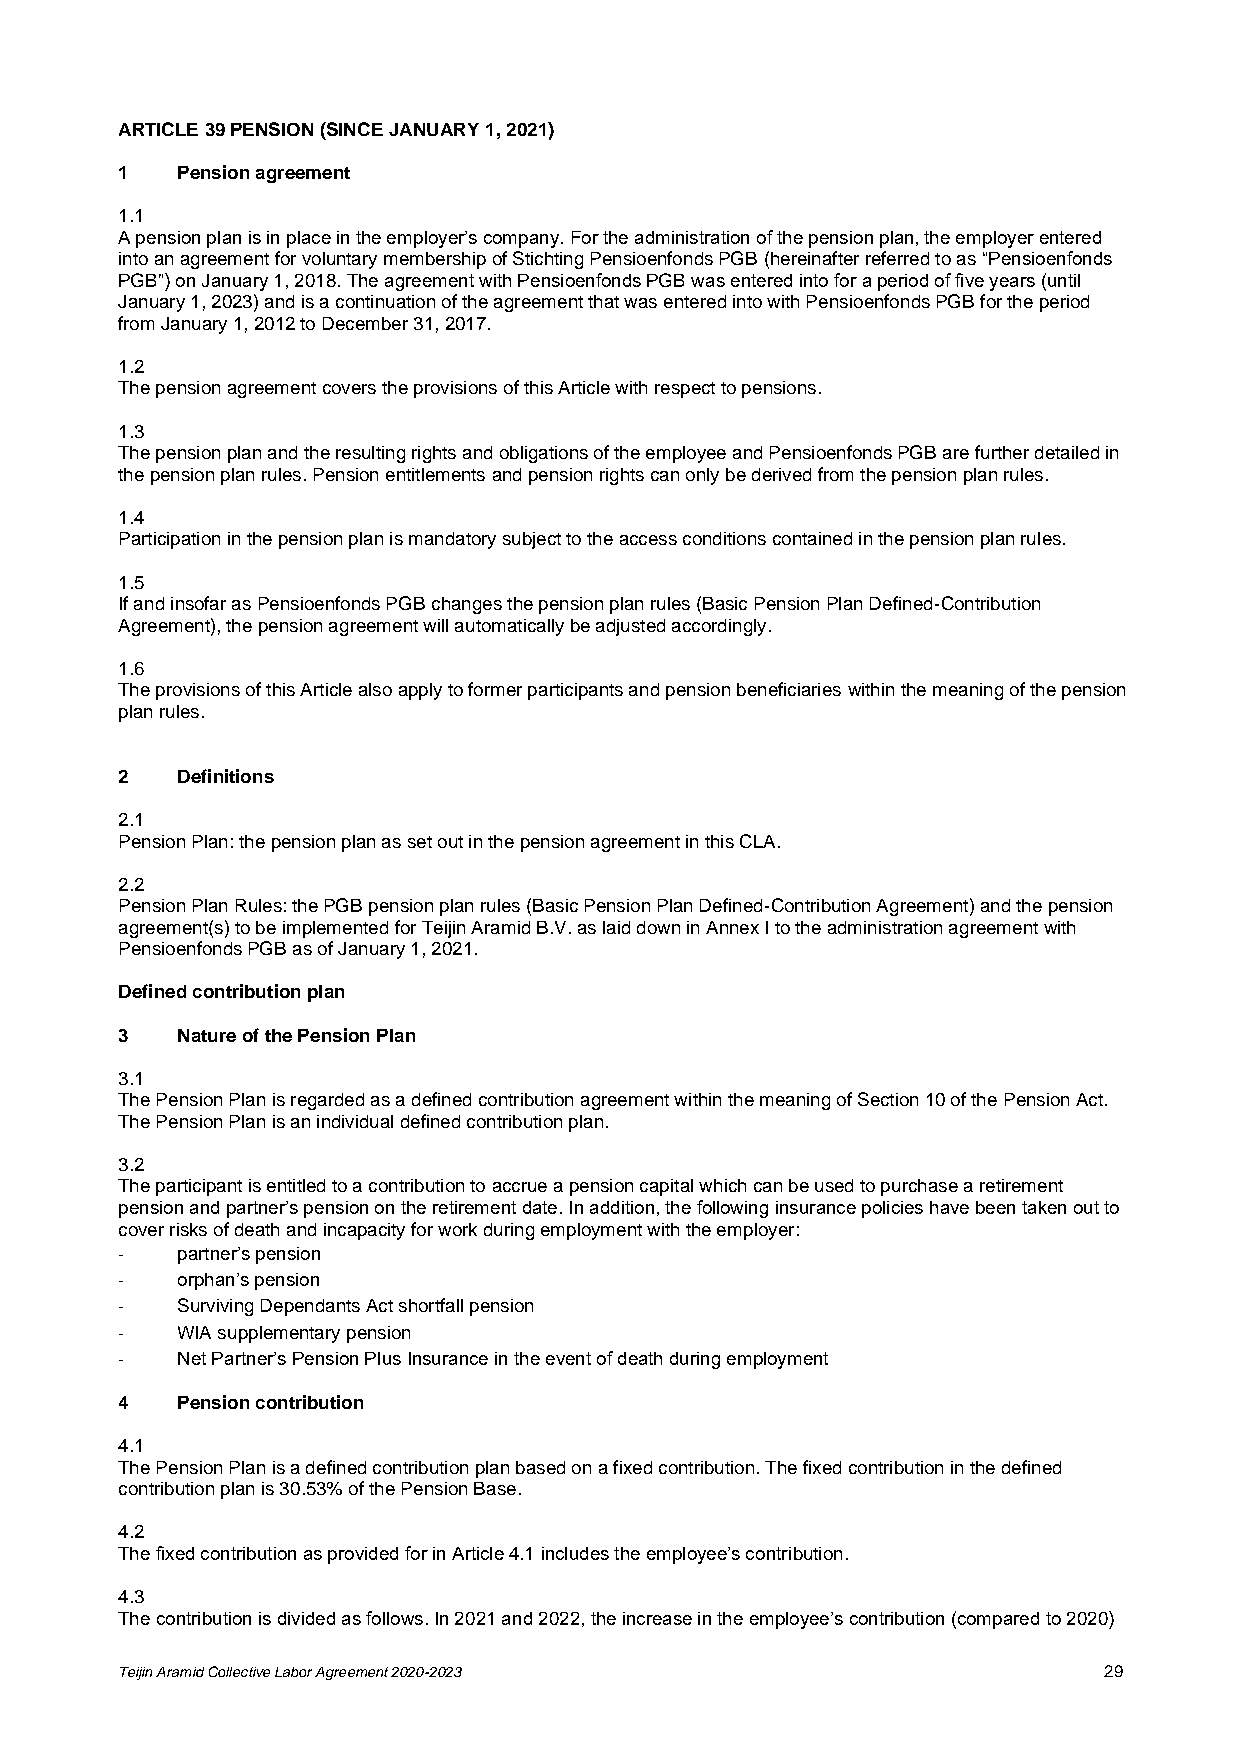
ARTICLE 39 PENSION (SINCE JANUARY 1, 2021)
 1   Pension agreement
 1.1
 A pension plan is in place in the employer’s company. For the administration of the pension plan, the employer entered
 into an agreement for voluntary membership of Stichting Pensioenfonds PGB (hereinafter referred to as “Pensioenfonds
 PGB”) on January 1, 2018. The agreement with Pensioenfonds PGB was entered into for a period of five years (until
 January 1, 2023) and is a continuation of the agreement that was entered into with Pensioenfonds PGB for the period
 from January 1, 2012 to December 31, 2017.
 1.2
 The pension agreement covers the provisions of this Article with respect to pensions.
 1.3
 The pension plan and the resulting rights and obligations of the employee and Pensioenfonds PGB are further detailed in
 the pension plan rules. Pension entitlements and pension rights can only be derived from the pension plan rules.
 1.4
 Participation in the pension plan is mandatory subject to the access conditions contained in the pension plan rules.
 1.5
 If and insofar as Pensioenfonds PGB changes the pension plan rules (Basic Pension Plan Defined-Contribution
 Agreement), the pension agreement will automatically be adjusted accordingly.
 1.6
 The provisions of this Article also apply to former participants and pension beneficiaries within the meaning of the pension
 plan rules.
 2   Definitions
 2.1
 Pension Plan: the pension plan as set out in the pension agreement in this CLA.
 2.2
 Pension Plan Rules: the PGB pension plan rules (Basic Pension Plan Defined-Contribution Agreement) and the pension
 agreement(s) to be implemented for Teijin Aramid B.V. as laid down in Annex I to the administration agreement with
 Pensioenfonds PGB as of January 1, 2021.
 Defined contribution plan
 3   Nature of the Pension Plan
 3.1
 The Pension Plan is regarded as a defined contribution agreement within the meaning of Section 10 of the Pension Act.
 The Pension Plan is an individual defined contribution plan.
 3.2
 The participant is entitled to a contribution to accrue a pension capital which can be used to purchase a retirement
 pension and partner’s pension on the retirement date. In addition, the following insurance policies have been taken out to
 cover risks of death and incapacity for work during employment with the employer:
 -   partner’s pension
 -   orphan’s pension
 -   Surviving Dependants Act shortfall pension
 -   WIA supplementary pension
 -   Net Partner’s Pension Plus Insurance in the event of death during employment
 4   Pension contribution
 4.1
 The Pension Plan is a defined contribution plan based on a fixed contribution. The fixed contribution in the defined
 contribution plan is 30.53% of the Pension Base.
 4.2
 The fixed contribution as provided for in Article 4.1 includes the employee’s contribution.
 4.3
 The contribution is divided as follows. In 2021 and 2022, the increase in the employee’s contribution (compared to 2020)
 Teijin Aramid Collective Labor Agreement 2020-2023               29